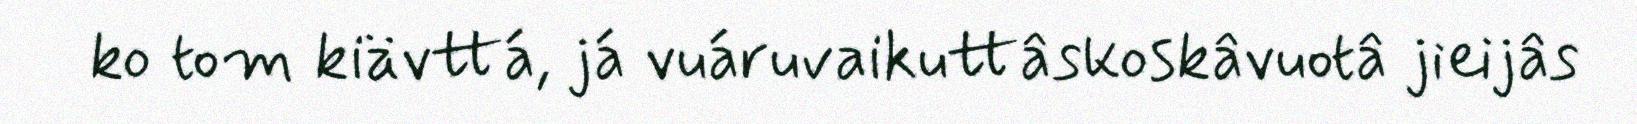
ko tom kiävttá, já vuáruvaikuttâskoskâvuotâ jieijâs